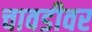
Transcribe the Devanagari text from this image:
चावडीवर